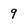
Character: 9